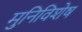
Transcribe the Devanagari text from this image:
मुनिविशेष